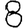
Digit: 8